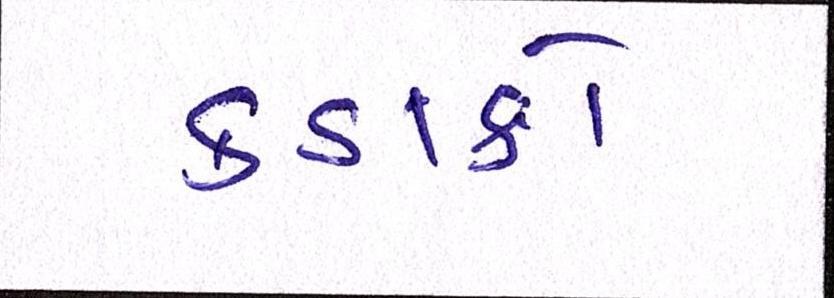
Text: કડાકો